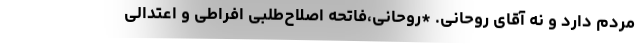
مردم دارد و نه آقای روحانی. *روحانی،فاتحه اصلاح‌طلبی افراطی و اعتدالی